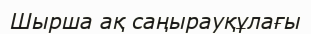
Шырша ақ саңырауқұлағы